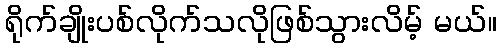
ရိုက်ချိုးပစ်လိုက်သလိုဖြစ်သွားလိမ့် မယ်။